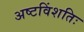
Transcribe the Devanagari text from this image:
अष्टविंशतिः